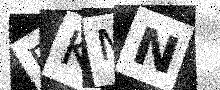
Text: FKMN